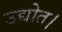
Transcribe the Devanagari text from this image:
उद्योत।